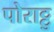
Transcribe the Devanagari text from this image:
पोराट्टु